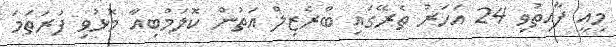
މިއީ ފާއިތުވި 24 އަހަރު ތެރޭގައި ބްރެޒިލް އަތުން ކޮލަމްބިއާ މޮޅުވި ފުރަތަމަ